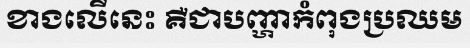
ខាងលើនេះ គឺជាបញ្ហាកំពុងប្រឈម